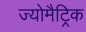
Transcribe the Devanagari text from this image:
ज्योमैट्रिक